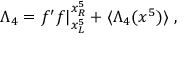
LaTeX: \Lambda _ { 4 } = f ^ { \prime } f | _ { x _ { L } ^ { 5 } } ^ { x _ { R } ^ { 5 } } + \langle \Lambda _ { 4 } ( x ^ { 5 } ) \rangle \; ,